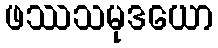
ဖဿသမုဒယော